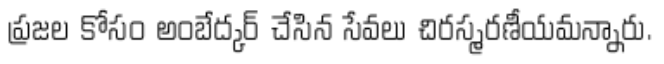
ప్రజల కోసం అంబేద్కర్ చేసిన సేవలు చిరస్మరణీయమన్నారు.